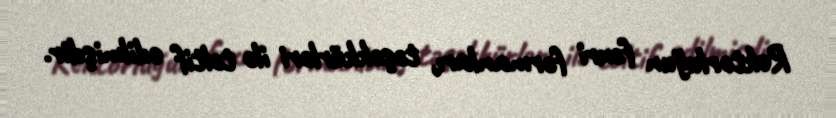
Rektorluğun fəxri fərmanları, təşəkkürləri ilə təltif edilmişdir.